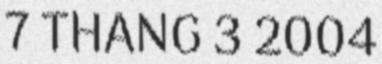
7 THANG 3 2004